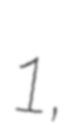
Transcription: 1,